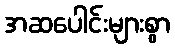
အဆပေါင်းများစွာ